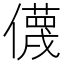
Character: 㒝